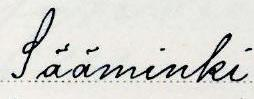
Sääminki